Lunatic asylums Burma 1907-21 - 1907-1921
Year: 1907
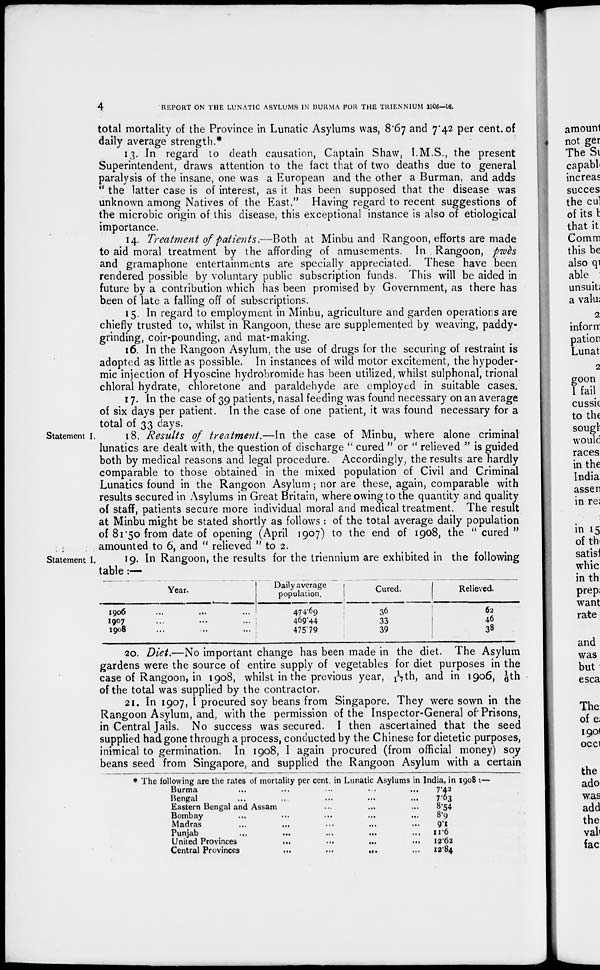
4
REPORT ON THE LUNATIC ASYLUMS IN BURMA FOR THE TRIENN1UM 1906—08.
total mortality of the Province in Lunatic Asylums was, 8.67 and 7.42 per cent.of
daily average strength.*
13. In regard to death causation, Captain Shaw, I.M.S., the present
Superintendent, draws attention to the fact that of two deaths due to general
paralysis of the insane, one was a European and the other a Burman, and adds
" the latter case is of interest, as it has been supposed that the disease was
unknown among Natives of the East." Having regard to recent suggestions of
the microbic origin of this disease, this exceptional instance is also of etiological
importance.
14. Treatment of patients.,—Both at Minbu and Rangoon, efforts are made
to aid moral treatment by the affording of amusements. In Rangoon, pwès
and gramaphone entertainments are specially appreciated. These have been
rendered possible by voluntary public subscription funds. This will be aided in
future by a contribution which has been promised by Government, as there has
been of late a falling off of subscriptions.
15. In regard to employment in Minbu, agriculture and garden operations are
chiefly trusted to, whilst in Rangoon, these are supplemented by weaving, paddy-
grinding, coir-pounding, and mat-making.
16. In the Rangoon Asylum, the use of drugs for the securing of restraint is
adopted as little as possible. In instances of wild motor excitement, the hypoder-
mic injection of Hyoscine hydrobromide has been utilized, whilst sulphonal, trional
chloral hydrate, chloretone and paraldehyde are employed in suitable cases.
17. In the case of 39 patients, nasal feeding was found necessary on an average
of six days per patient. In the case of one patient, it was found necessary for a
total of 33 days.
Statement I.
18. Results of treatment.—In the case of Minbu, where alone criminal
lunatics are dealt with, the question of discharge " cured '' or '' relieved " is guided
both by medical reasons and legal procedure. Accordingly, the results are hardly
comparable to those obtained in the mixed population of Civil and Criminal
Lunatics found in the Rangoon Asylum ; nor are these, again, comparable with
results secured in Asylums in Great Britain, where owing to the quantity and quality
of staff, patients secure more individual moral and medical treatment. The result
at Minbu might be stated shortly as follows : of the total average daily population
of 81.50 from date of opening (April 1907) to the end of 1908, the '' cured "
amounted to 6, and " relieved " to 2.
Statement I.
19. In Rangoon, the results for the triennium are exhibited in the following
table :—
Year.
1906 ... ... ...
1907 ... ... ...
1908 ... ... ...
Daily average
population.
474.69
469.44
475.79
Cured.
36
33
39
Relieved.
62
46
38
20. Diet.—No important change has been made in the diet. The Asylum
gardens were the source of entire supply of vegetables for diet purposes in the
case of Rangoon, in 1908, whilst in the previous year, 11/7th, and in 1906, 1/6th
of the total was supplied by the contractor.
21. In 1907, I procured soy beans from Singapore. They were sown in the
Rangoon Asylum, and, with the permission of the Inspector-General of Prisons,
in Central Jails. No success was secured. I then ascertained that the seed
supplied had gone through a process, conducted by the Chinese for dietetic purposes,
inimical to germination. In 1908, I again procured (from official money) soy
beans seed from Singapore, and supplied the Rangoon Asylum with a certain
* The following are the rates of mortality per cent. in Lunatic Asylums in
Burma ... ... ... ... ... ...
Bengal ... ... ... ... ...
Eastern Bengal and Assam ... ... ...
Bombay ... ... ... ... ...
Madras ... ... ... ... ...
Punjab ... ... ... ... ...
United Provinces ... ... ... ... ...
Central Provinces
...
...
...
...
...
India, in 1908 :—
7.42
7.63
8.54
8.9
9.1
11.6
12.62
12.84